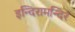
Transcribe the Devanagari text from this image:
इन्दिरामन्दिरं